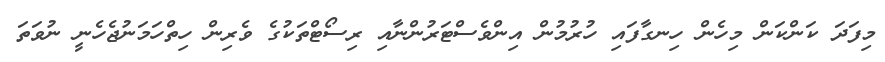
މިފަދަ ކަންކަން މިހެން ހިނގާފައި ހުރުމުން އިންވެސްޓަރުންނާއި ރިސޯޓްތަކުގެ ވެރިން ހިތްހަމަނުޖެހެނީ ނުވަތަ